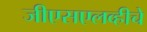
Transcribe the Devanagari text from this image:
जीएसएलव्हीचे